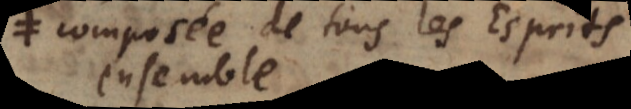
composée de tous les esprits,